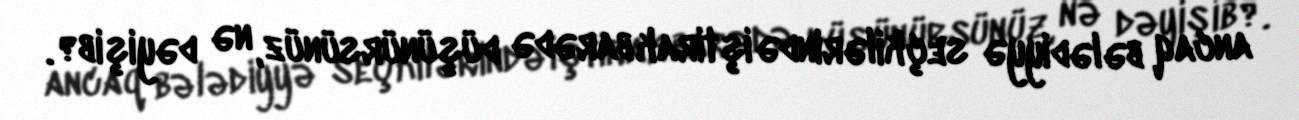
ancaq bələdiyyə seçkilərində iştirak barədə düşünürsünüz, nə dəyişib?.